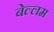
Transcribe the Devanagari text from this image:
बेल्लम